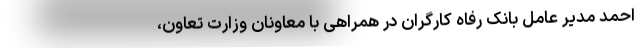
احمد مدیر عامل بانک رفاه کارگران در همراهی با معاونان وزارت تعاون،